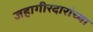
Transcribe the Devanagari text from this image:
जहागीरदारांच्या